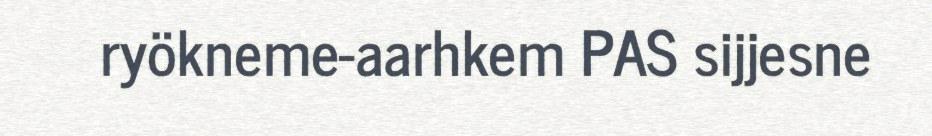
ryökneme-aarhkem PAS sijjesne